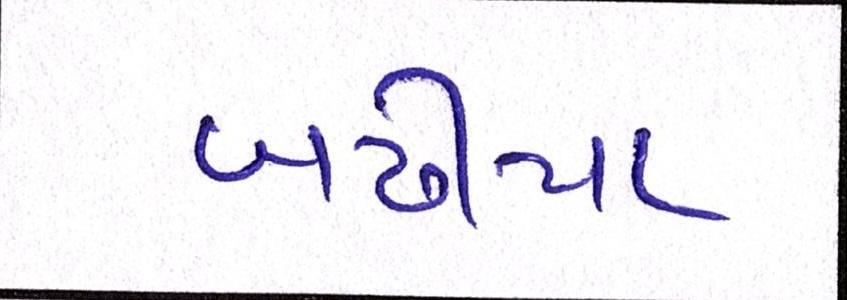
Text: બઢીયા